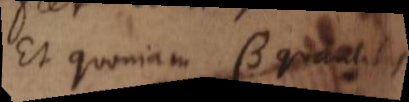
Et quoniam β quantitas